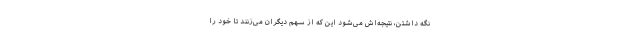
نگه داشتن، نتیجه‌اش می‌شود این که از سهم دیگران می‌زنند تا خود را